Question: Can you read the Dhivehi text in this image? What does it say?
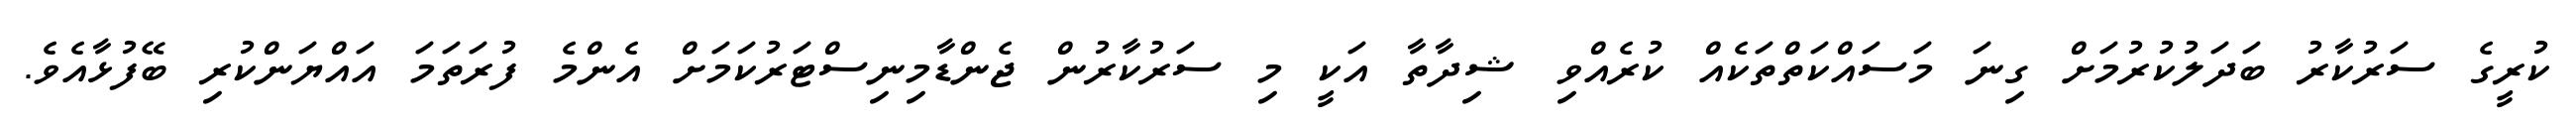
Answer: ކުރީގެ ސަރުކާރު ބަދަލުކުރުމަށް ގިނަ މަސައްކަތްތަކެއް ކުރެއްވި ޝިދާތާ އަކީ މި ސަރުކާރުން ޖެންޑާމިނިސްޓަރުކަމަށް އެންމެ ފުރަތަމަ އައްޔަންކުރި ބޭފުޅާއެވެ.